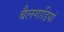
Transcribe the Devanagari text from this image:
बैलगाडियां